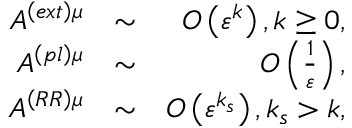
\begin{array} { r l r } { A ^ { \left( e x t \right) \mu } } & { \sim } & { O \left( \varepsilon ^ { k } \right) , k \geq 0 , } \\ { A ^ { \left( p l \right) \mu } } & { \sim } & { O \left( \frac { 1 } { \varepsilon } \right) , } \\ { A ^ { \left( R R \right) \mu } } & { \sim } & { O \left( \varepsilon ^ { k _ { s } } \right) , k _ { s } > k , } \end{array}